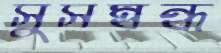
সুসম্বন্ধ